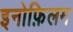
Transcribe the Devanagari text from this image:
इनोफ़िलम